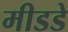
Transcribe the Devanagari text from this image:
मीडडे